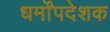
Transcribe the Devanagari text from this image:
धर्मोंपदेशक